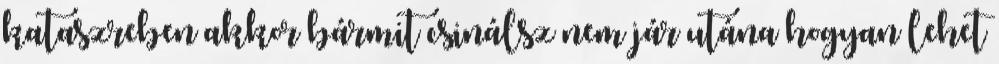
kataszreben akkor bármit csinálsz nem jár utána hogyan lehet